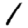
Digit: 1